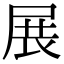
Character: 展